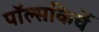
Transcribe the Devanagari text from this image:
पॉल्सकिर्चे